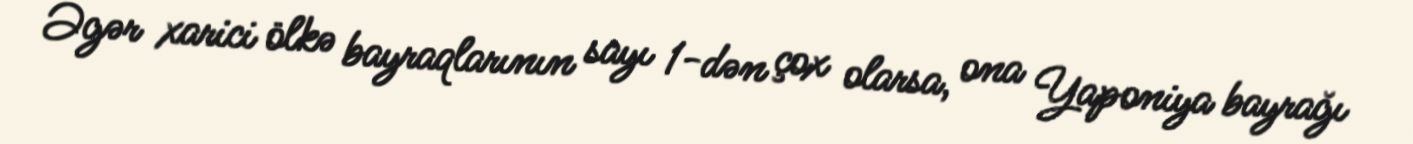
Əgər xarici ölkə bayraqlarının sayı 1-dən çox olarsa, ona Yaponiya bayrağı